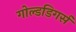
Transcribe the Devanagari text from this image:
गोल्डडिगर्स